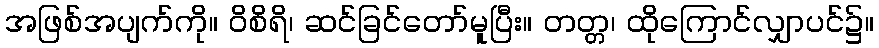
အဖြစ်အပျက်ကို။ ဝိစိရိ၊ ဆင်ခြင်တော်မူပြီး။ တတ္တ၊ ထိုကြောင်လျှာပင်၌။